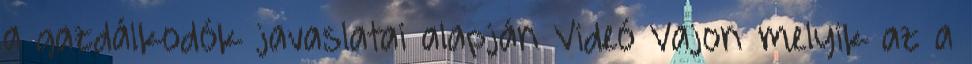
a gazdálkodók javaslatai alapján Videó Vajon melyik az a